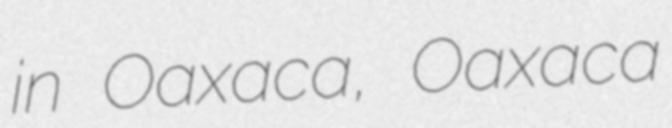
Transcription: in Oaxaca, Oaxaca